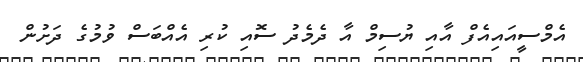
އެމްސީއައިއެފް އާއި ޔުސިމް އާ ދެމެދު ސޮއި ކުރި އެއްބަސް ވުމުގެ ދަށުން